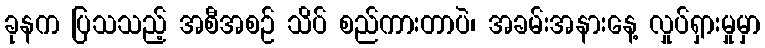
ခုနက ပြသသည့် အစီအစဉ် သိပ် စည်ကားတာပဲ၊ အခမ်းအနားနေ့ လှုပ်ရှားမှုမှာ